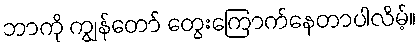
ဘာကို ကျွန်တော် တွေးကြောက်နေတာပါလိမ့်။